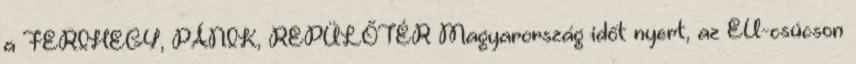
a FERIHEGY, PÁNIK, REPÜLŐTÉR Magyarország időt nyert, az EU-csúcson